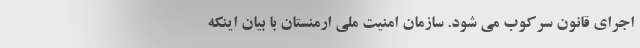
اجرای قانون سرکوب می شود. سازمان امنیت ملی ارمنستان با بیان اینکه